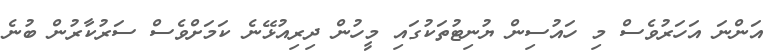
އަންނަ އަހަރުވެސް މި ހައުސިން ޔުނިޓުތަކުގައި މީހުން ދިރިއުޅޭނެ ކަމަށްވެސް ސަރުކާރުން ބުނެ